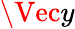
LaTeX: \Vec{y}